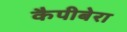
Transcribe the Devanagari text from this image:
कैपीबेरा